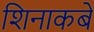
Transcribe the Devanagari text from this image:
शिनाकबे